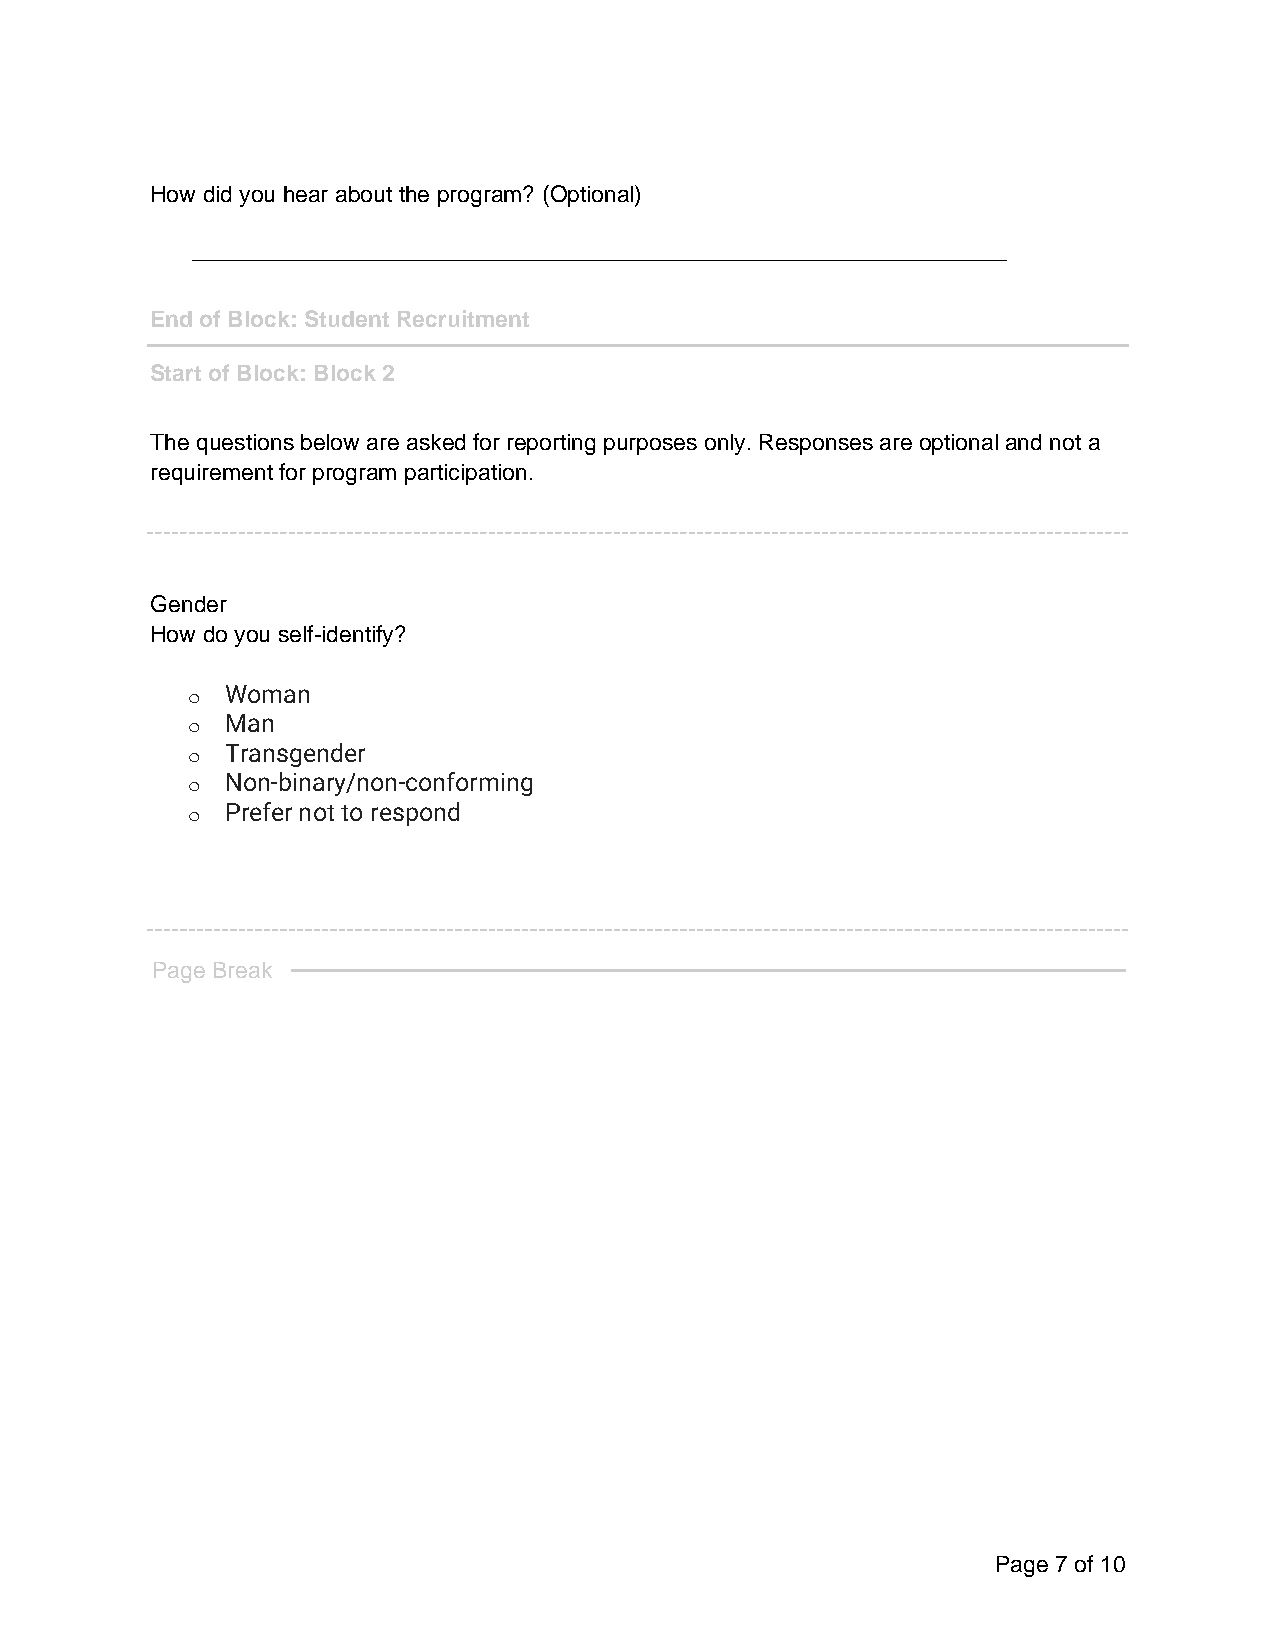
How did you hear about the program? (Optional)
 ________________________________________________________________
 End of Block: Student Recruitment
 Start of Block: Block 2
 The questions below are asked for reporting purposes only. Responses are optional and not a
 requirement for program participation.
 Gender
 How do you self-identify?
 o  Woman
 o  Man
 o  Transgender
 o  Non-binary/non-conforming
 o  Prefer not to respond
 Page Break
 Page 7 of 10